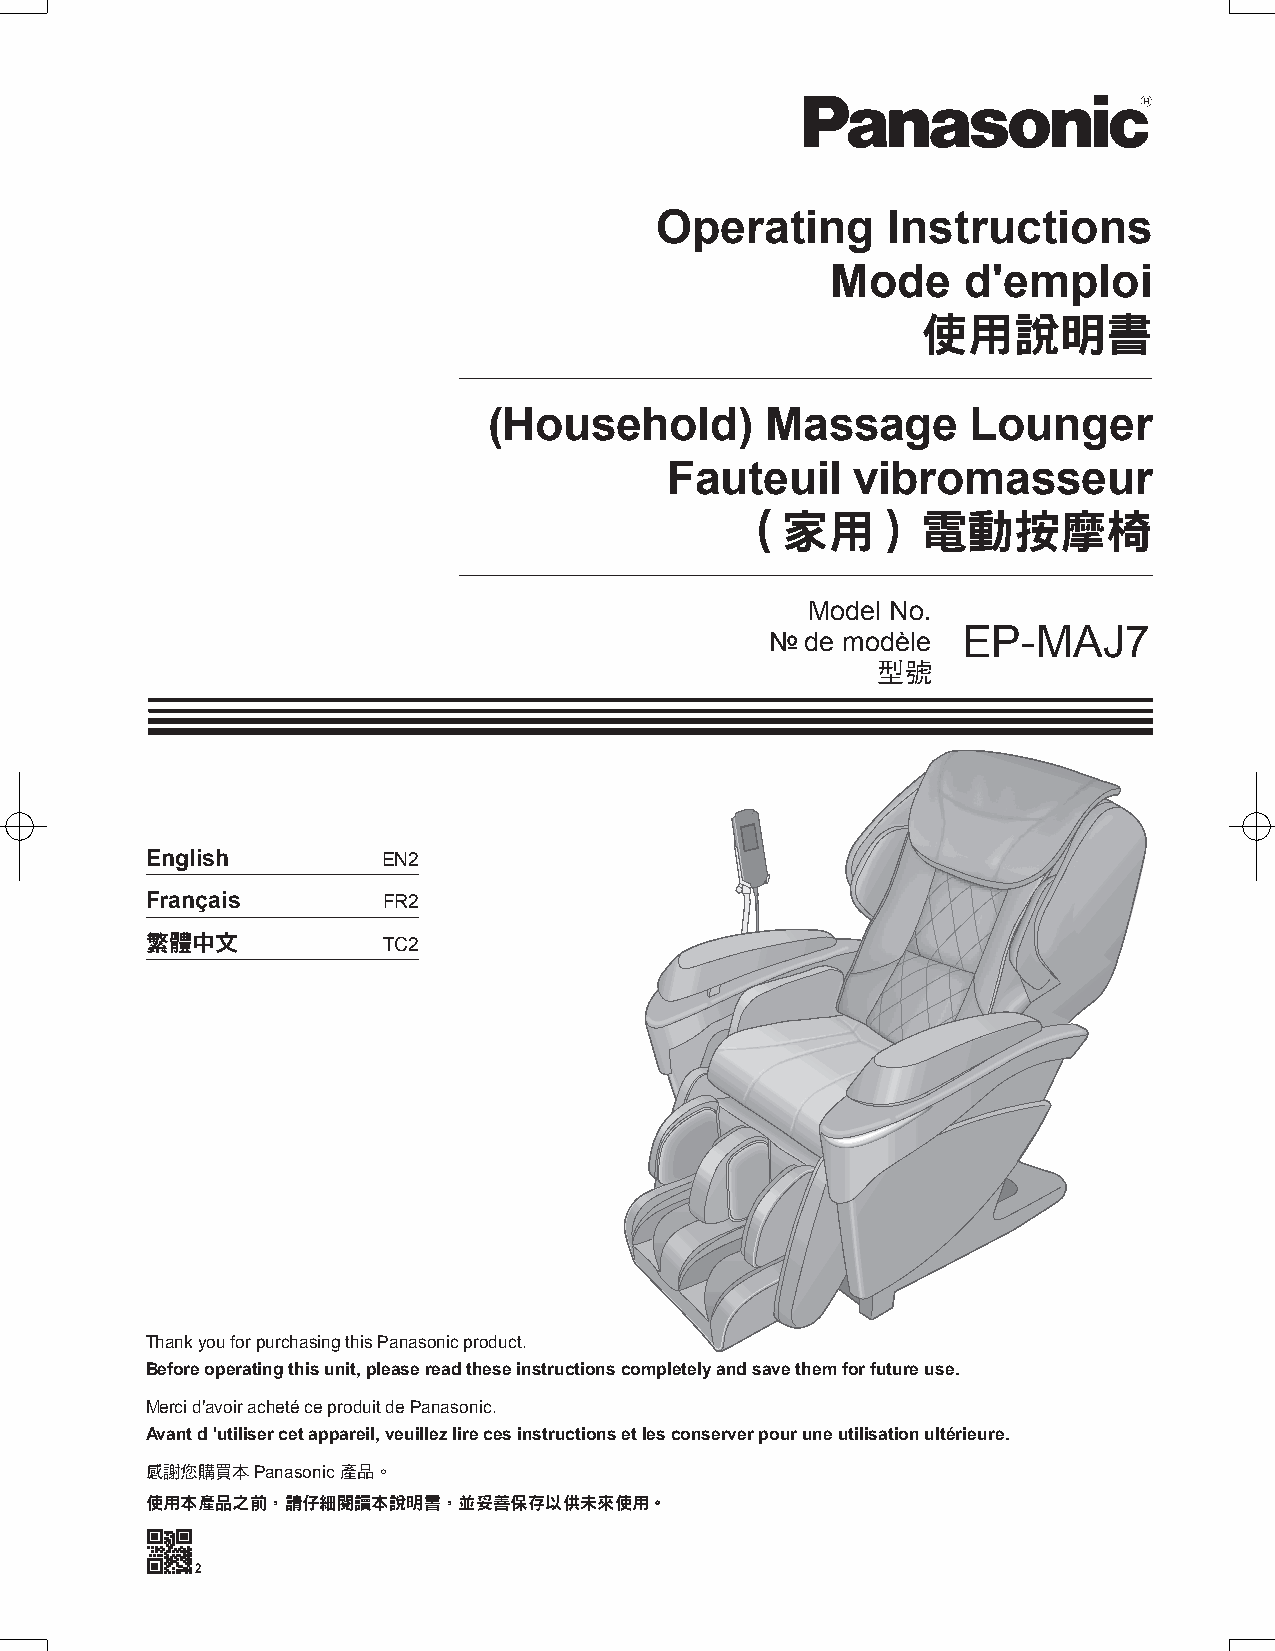
Operating       Instructions
 Mode     d'emploi
 使用說明書
 (Household)        Massage      Lounger
 Fauteuil     vibromasseur
 （家用）電動按摩椅
 Model No.
 EP-MAJ7
 № de modèle
 型號
 English        EN2
 Français       FR2
 繁體中文           TC2
 Thank you for purchasing this Panasonic product.
 Before operating this unit, please read these instructions completely and save them for future use.
 Merci d'avoir acheté ce produit de Panasonic.
 Avant d 'utiliser cet appareil, veuillez lire ces instructions et les conserver pour une utilisation ultérieure.
 感謝您購買本Panasonic 產品。
 使用本產品之前，請仔細閱讀本說明書，並妥善保存以供未來使用。
 2